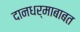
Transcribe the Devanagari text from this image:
दानधर्माबाबत